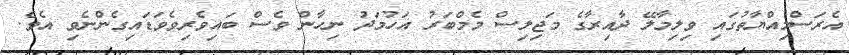
އެރަސްމިއްޔާތުގައި ވިލިމާލޭ ދާއިރާގެ މަޖިލިސް މެމްބަރު އަހުމަދު ނިހާން ވެސް ބައިވެރިވެވަޑައިގެންނެވި އެވެ.